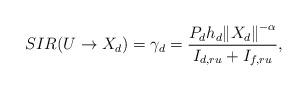
LaTeX: \begin{align*}SIR(U \to {X_d}){\rm{ }} = \gamma_d= \frac{{{P_d}{h_d}{{\left\| {{X_d}} \right\|}^{ - \alpha}}}}{{{I_{d,ru}} + {I_{f,ru}}}},\end{align*}